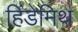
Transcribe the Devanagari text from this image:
हिंडेमिथ